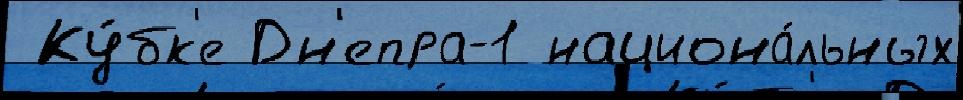
 Ку́бк'е Дн'епра-1 национа́льных